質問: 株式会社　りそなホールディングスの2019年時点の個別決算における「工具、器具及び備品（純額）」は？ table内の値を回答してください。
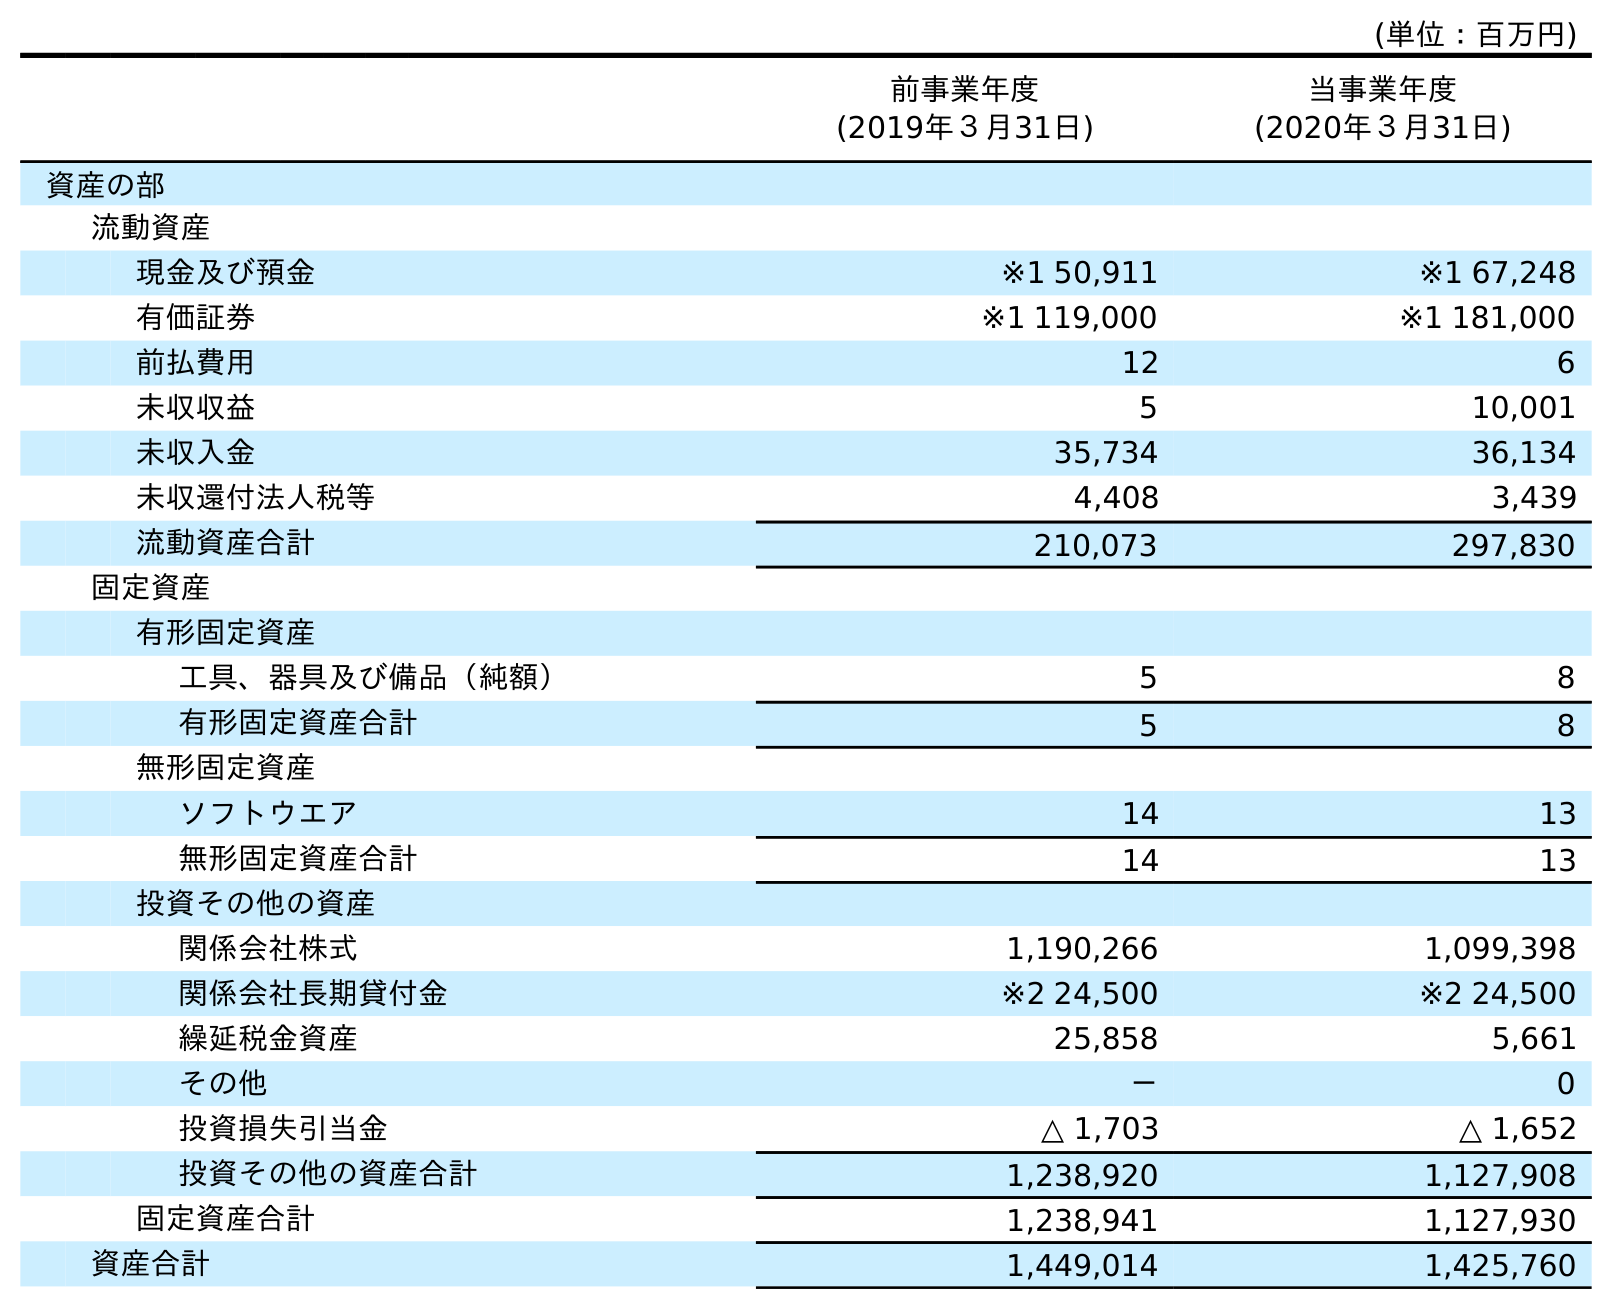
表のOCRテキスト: (単位：百万円) 前事業年度 (2019年３月31日) 当事業年度 (2020年３月31日) 資産の部 流動資産 現金及び預金 ※1 50,911 ※1 67,248 有価証券 ※1 119,000 ※1 181,000 前払費用 12 6 未収収益 5 10,001 未収入金 35,734 36,134 未収還付法人税等 4,408 3,439 流動資産合計 210,073 297,830 固定資産 有形固定資産 工具、器具及び備品（純額） 5 8 有形固定資産合計 5 8 無形固定資産 ソフトウエア 14 13 無形固定資産合計 14 13 投資その他の資産 関係会社株式 1,190,266 1,099,398 関係会社長期貸付金 ※2 24,500 ※2 24,500 繰延税金資産 25,858 5,661 その他 － 0 投資損失引当金 △ 1,703 △ 1,652 投資その他の資産合計 1,238,920 1,127,908 固定資産合計 1,238,941 1,127,930 資産合計 1,449,014 1,425,760
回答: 5